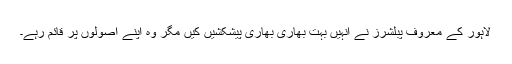
لاہور کے معروف پبلشرز نے انہیں بہت بھاری بھاری پیشکشیں کیں مگر وہ اپنے اصولوں پر قائم رہے۔